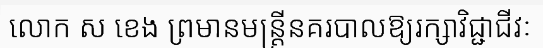
លោក ស ខេង ព្រមានមន្ត្រីនគរបាលឱ្យរក្សាវិជ្ជាជីវៈ